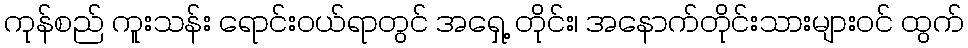
ကုန်စည် ကူးသန်း ရောင်းဝယ်ရာတွင် အရှေ့ တိုင်း၊ အနောက်တိုင်းသားများဝင် ထွက်